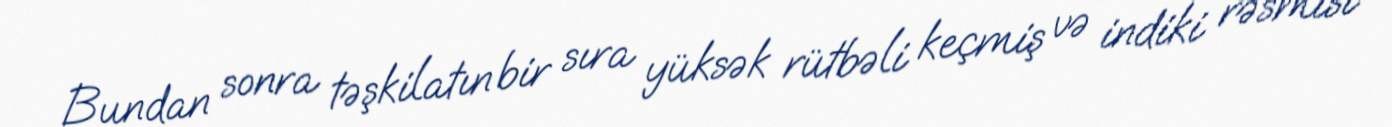
Bundan sonra təşkilatın bir sıra yüksək rütbəli keçmiş və indiki rəsmisi